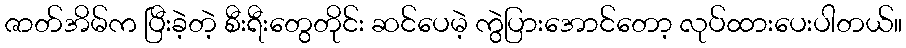
ဇာတ်အိမ်က ပြီးခဲ့တဲ့ စီးရီးတွေတိုင်း ဆင်ပေမဲ့ ကွဲပြားအောင်တော့ လုပ်ထားပေးပါတယ်။